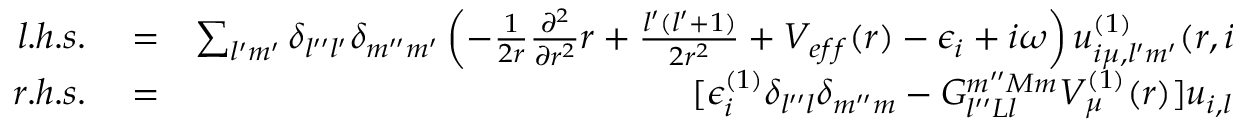
\begin{array} { r l r } { l . h . s . } & { { } = } & { \sum _ { l ^ { \prime } m ^ { \prime } } \delta _ { l ^ { \prime \prime } l ^ { \prime } } \delta _ { m ^ { \prime \prime } m ^ { \prime } } \left( - \frac { 1 } { 2 r } \frac { \partial ^ { 2 } } { \partial r ^ { 2 } } r + \frac { l ^ { \prime } ( l ^ { \prime } + 1 ) } { 2 r ^ { 2 } } + V _ { e f f } ( r ) - \epsilon _ { i } + i \omega \right) u _ { i \mu , l ^ { \prime } m ^ { \prime } } ^ { ( 1 ) } ( r , i \omega ) } \\ { r . h . s . } & { { } = } & { [ \epsilon _ { i } ^ { ( 1 ) } \delta _ { l ^ { \prime \prime } l } \delta _ { m ^ { \prime \prime } m } - G _ { l ^ { \prime \prime } L l } ^ { m ^ { \prime \prime } M m } V _ { \mu } ^ { ( 1 ) } ( r ) ] u _ { i , l } ( r ) } \end{array}